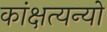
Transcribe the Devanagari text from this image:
कांक्षत्यन्यो